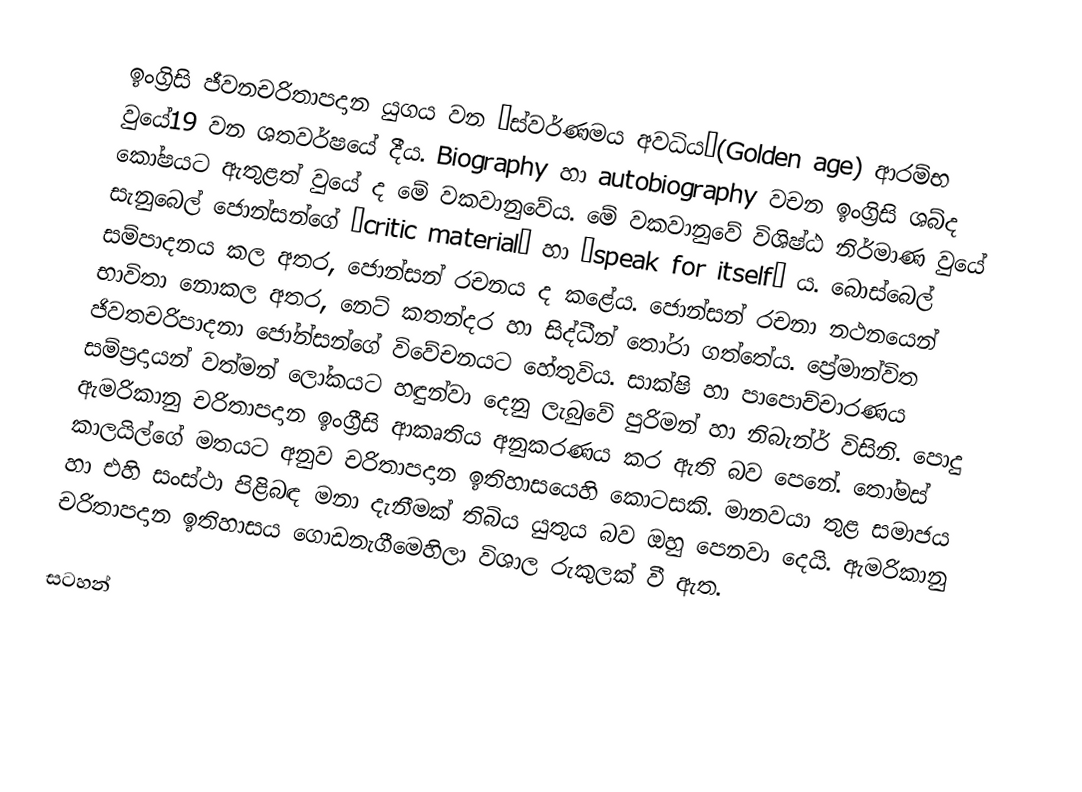
ඉංග්‍රිසි ජීවනචරිතාපදාන යුගය වන “ස්වර්ණමය අවධිය”(Golden age) ආරම්භ වුයේ19 වන ශතවර්ෂයේ දීය. Biography හා autobiography වචන ඉංග්‍රිසි ශබ්ද කෝෂයට ඇතුළත් වුයේ ද මේ වකවානුවේය. මේ වකවානුවේ විශිෂ්ඨ නිර්මාණ වුයේ සැනුබෙල් ජොන්සන්ගේ “critic material” හා “speak for itself” ය. බොස්බෙල් සම්පාදනය කල අතර, ජොන්සන් රචනය ද කළේය. ජොන්සන් රචනා නථනයෙන් භාවිතා නොකල අතර, නෙට් කතන්දර හා සිද්ධීන් තෝරා ගත්තේය. ප්‍රේමාන්විත ජිවතචරිපාදනා ජෝන්සන්ගේ විවේචනයට හේතුවිය. සාක්ෂි හා පාපොච්චාරණය සම්ප්‍රදායන් වත්මන් ලෝකයට හඳුන්වා දෙනු ලැබුවේ පුරිමන් හා නිබැන්ර් විසිනි. පොදු ඇමරිකානු චරිතාපදාන  ඉංග්‍රීසි ආකෘතිය අනුකරණය කර ඇති බව පෙනේ. තෝමස් කාලයිල්ගේ මතයට අනුව චරිතාපදාන ඉතිහාසයෙහි කොටසකි. මානවයා තුළ සමාජය හා එහි සංස්ථා පිළිබඳ මනා දැනීමක් තිබිය යුතුය බව ඔහු පෙනවා දෙයි. ඇමරිකානු චරිතාපදාන ඉතිහාසය ගොඩනැගීමෙහිලා විශාල රුකුලක් වී ඇත.

සටහන්